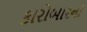
કારોબારનો